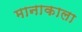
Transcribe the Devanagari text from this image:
मानाकाला